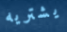
يشتريه